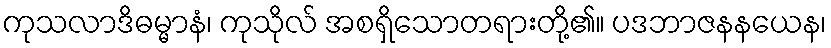
ကုသလာဒိဓမ္မာနံ၊ ကုသိုလ် အစရှိသောတရားတို့၏။ ပဒဘာဇနနယေန၊